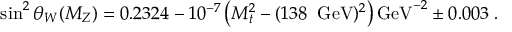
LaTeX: \sin ^ { 2 } \theta _ { W } ( M _ { Z } ) = 0 . 2 3 2 4 - 1 0 ^ { - 7 } \left( M _ { t } ^ { 2 } - ( 1 3 8 \; \; { \mathrm { G e V } } ) ^ { 2 } \right) { \mathrm { G e V } } ^ { - 2 } \pm 0 . 0 0 3 \; .